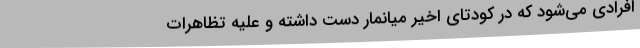
افرادی می‌شود که در کودتای اخیر میانمار دست داشته و علیه تظاهرات